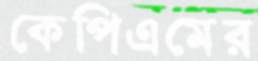
কেপিএমের